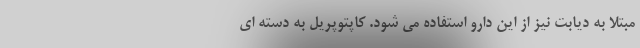
مبتلا به دیابت نیز از این دارو استفاده می شود. کاپتوپریل به دسته ای